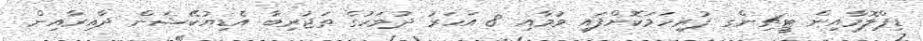
ޑިޕްލޮމާއިން ޓީޗިންގ ފުރިހަމަކޮށްފައި ވުމާއި 8 އަހަރު ދުވަހުގެ ތަޖުރިބާ އެޑިޔުކޭޝަން ދާއިރާއިން